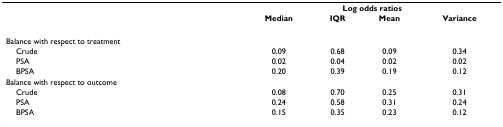
<table><thead><tr><td></td><td colspan="4"><b>Log odds ratios</b></td></tr><tr><td></td><td><b>Median</b></td><td><b>IQR</b></td><td><b>Mean</b></td><td><b>Variance</b></td></tr></thead><tbody><tr><td>Balance with respect to treatment</td><td></td><td></td><td></td><td></td></tr><tr><td> Crude</td><td>0.09</td><td>0.68</td><td>0.09</td><td>0.34</td></tr><tr><td> PSA</td><td>0.02</td><td>0.04</td><td>0.02</td><td>0.02</td></tr><tr><td> BPSA</td><td>0.20</td><td>0.39</td><td>0.19</td><td>0.12</td></tr><tr><td>Balance with respect to outcome</td><td></td><td></td><td></td><td></td></tr><tr><td> Crude</td><td>0.08</td><td>0.70</td><td>0.25</td><td>0.31</td></tr><tr><td> PSA</td><td>0.24</td><td>0.58</td><td>0.31</td><td>0.24</td></tr><tr><td> BPSA</td><td>0.15</td><td>0.35</td><td>0.23</td><td>0.12</td></tr></tbody></table>